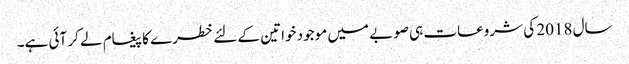
سال 2018 کی شروعات ہی صوبے میں موجود خواتین کے لئے خطرے کا پیغام لے کر آئی ہے۔